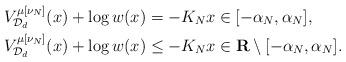
LaTeX: \begin{align*}& V_{\mathcal{D}_{d}}^{\mu[\nu_{N}]}(x) + \log w(x) = -K_{N} x \in [-\alpha_{N}, \alpha_{N}], \\& V_{\mathcal{D}_{d}}^{\mu[\nu_{N}]}(x) + \log w(x) \leq -K_{N} x \in \mathbf{R} \setminus [-\alpha_{N}, \alpha_{N}]. \end{align*}